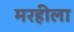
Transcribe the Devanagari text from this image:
मरहीला